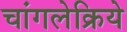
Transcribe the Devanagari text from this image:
चांगलेक्रिये